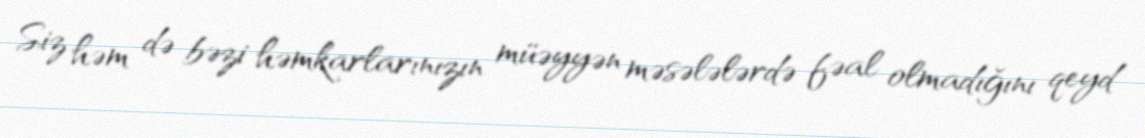
Siz həm də bəzi həmkarlarınızın müəyyən məsələlərdə fəal olmadığını qeyd